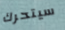
سيتحرك